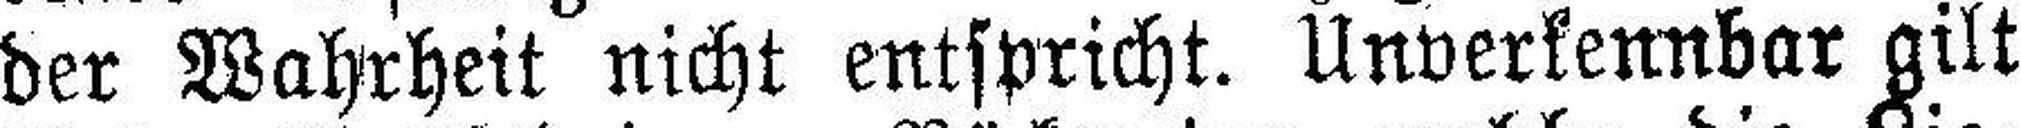
der Wahrheit nicht entspricht. Unverkennbar gilt